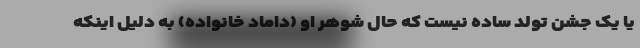
یا یک جشن تولد ساده نیست که حال شوهر او (داماد خانواده) به دلیل اینکه